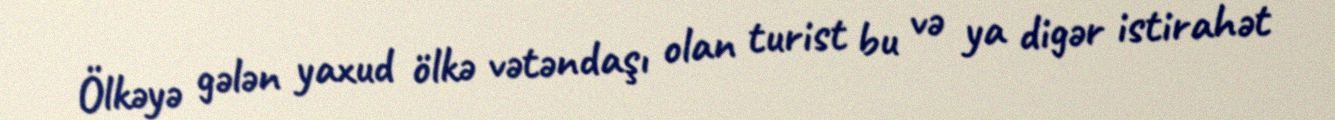
Ölkəyə gələn yaxud ölkə vətəndaşı olan turist bu və ya digər istirahət